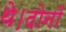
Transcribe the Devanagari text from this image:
थे।दोनों